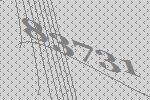
83731